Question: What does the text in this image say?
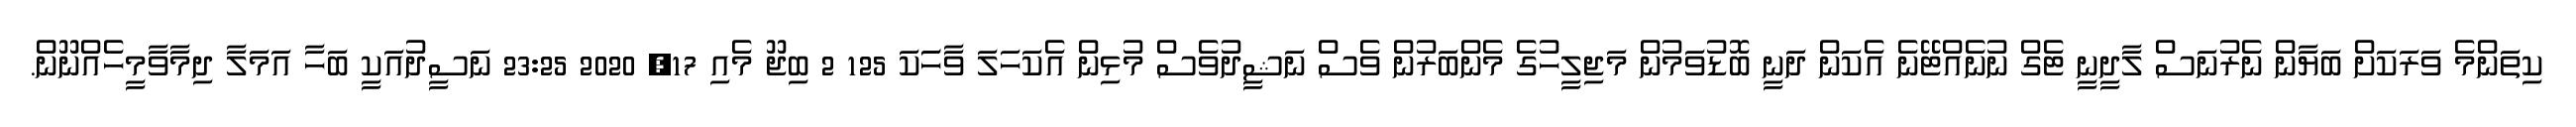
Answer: ކިތަންމެ ވަރަކަށް ބަޔާން ނެރުނަސް ލާދީނީ ޓެގް ނުނެއްޓޭނެ އެކަން ދަނީ ބޮޑުވަމުން މަޖިލީހުގެ މެންބަރުން ވެސް ނަޝީދުވެސް މުޅިން އެކަހަލަ ވާހަަކަ 125 2 ބިޖޫ މެއި 17, 2020 23:25 ނަސީދުއަކީ ބަހާ އަމަލާ ދިމާވާމީހެއްނޫން.